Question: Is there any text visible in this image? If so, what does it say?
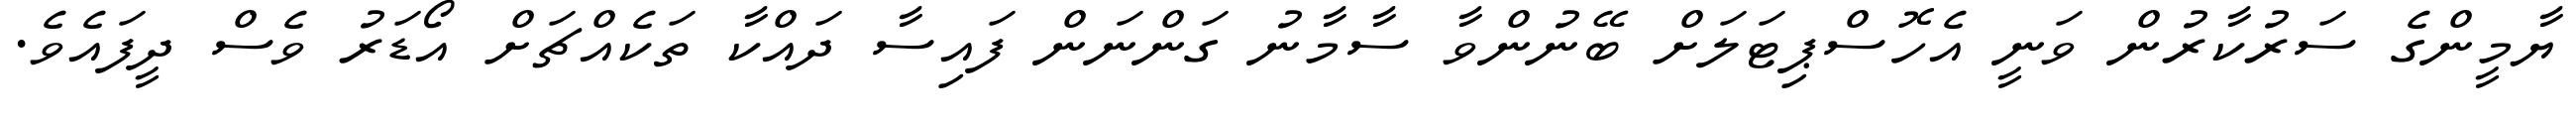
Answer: ޔާމީންގެ ސަރުކާރުން ވަނީ އެހޮސްޕިޓަލަށް ބޭނުންވާ ސާމާނު ގަންނަން ފައިސާ ދައްކާ ތަކެއްޗަށް އޯޑަރު ވެސް ދީފައެވެ.